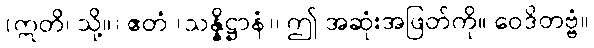
(ဣတိ၊ သို့။) ဧတံ (သန္နိဋ္ဌာနံ)၊ ဤ အဆုံးအဖြတ်ကို။ ဝေဒိတဗ္ဗံ။